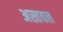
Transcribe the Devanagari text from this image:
अस्तवल